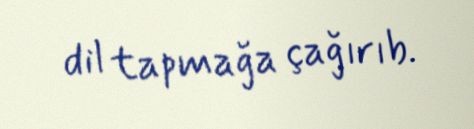
dil tapmağa çağırıb.